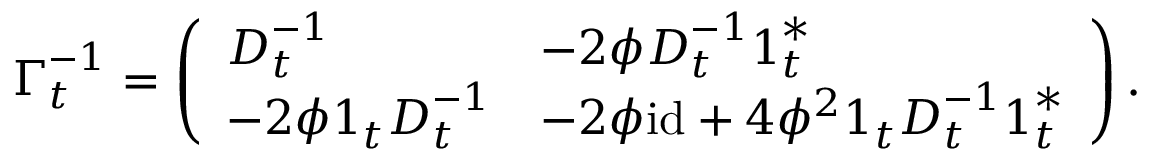
\begin{array} { r } { \boldsymbol { \Gamma } _ { t } ^ { - 1 } = \left( \begin{array} { l l } { \boldsymbol { D } _ { t } ^ { - 1 } } & { - 2 \phi \boldsymbol { D } _ { t } ^ { - 1 } \boldsymbol { 1 } _ { t } ^ { * } } \\ { - 2 \phi \boldsymbol { 1 } _ { t } \boldsymbol { D } _ { t } ^ { - 1 } } & { - { 2 \phi } \mathrm { i d } + 4 \phi ^ { 2 } \boldsymbol { 1 } _ { t } \boldsymbol { D } _ { t } ^ { - 1 } \boldsymbol { 1 } _ { t } ^ { * } } \end{array} \right) . } \end{array}